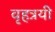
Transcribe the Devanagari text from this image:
वृहत्रयी